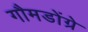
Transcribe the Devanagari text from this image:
गौमडोंग्रे